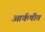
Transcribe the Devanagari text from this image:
आर्कषीत